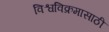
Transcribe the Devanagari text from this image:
विश्वविक्रमासाठी